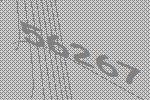
56267